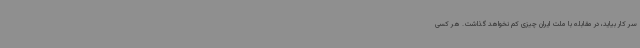
سر کار بیاید، در مقابله با ملت ایران چیزی کم نخواهد گذاشت. هر کسی